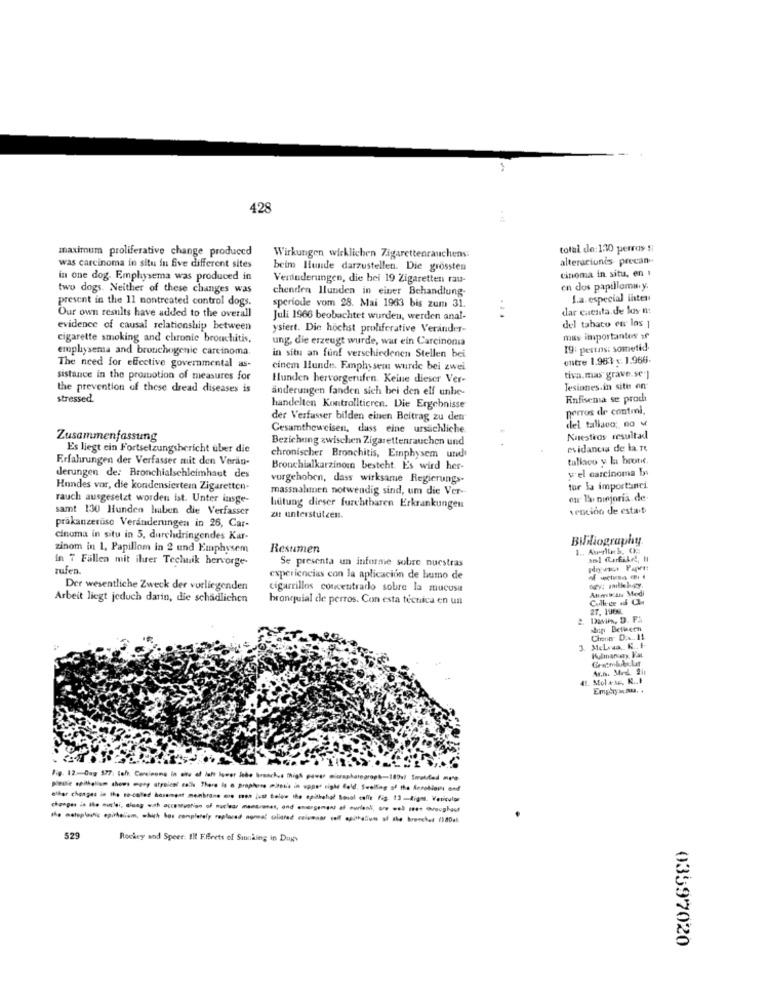
428
maximum proliferative change produced
total de: 1:10 perras fi
Wirkungen wirklichen Zigarettenrauchens:
alterariunis precan-
was carcinoma in situ in five different sites
beim Hunde darzustellen. Die grössten
cinoma in situ, en 1
in one dog. Emphysema was produced in
Verdinderungen, die bei 19 Zigaretten rau-
two dogs. Neither of these changes was
chenden Ilunden in einer Behandlung-
en dos papilloma.y.
present in the 11 nontreated control dogs.
La. especial inten
speriode vom 28. Mai 1963 bis zum 31.
dar cuenta.de las n:
Our own results have added to the overall
Juli 1966 beobachtet wurden, werden anal-
evidence of causal relationship between
ysiert. Die höchst proliferative Verander-
del tabaco eu los 1
cigarette smoking and chronic bronchitis,
ung, die erzeugt wurde, war ein Carcinonia
mas importante af
emphysema and bronchogenie carcinoma.
19: pertns: sometid
in situ an fünf verschiedenen Stellen bei
untre 1.963 x 1.966.
The need for effective governmental as-
cinem lunde. Emphysem wurde bei zwei
sistance in the promotion of measures for
Hunden hervorgerufen. Keine dieser Ver-
tiva.mas grave.se.]
the prevention of these dread diseases is
änderungen fanden sich bei den elf unbe-
Tesianes.in sites on
stressed
Enfisema se proch
handelten Kontrolltieren. Die Ergebnisse
perros de contml.
der Verfasser bilden einen Beitrag zu den
del tallaco; no
Cesamtheweisen, dass eine ursächliche.
Zusammenfassung
Beziehung zwischen Zigarettenrauchen und
Nuestros resultad
Es liegt ein Fortsetzungsbericht über die
evidancia de la.
Erfahrungen der Verfasser mit den Veran-
chronischer Bronchitis, Emphysem und
tullaco y la brotic.
Bronchialkarzinomn besteht. Es wird her-
y'el carcinoma b
derungen de: Bronchialschleimhaut des
vorgehoben, dass wirksame Regierungs.
Hundes vor, die kondensiertem Zigaretten-
massnahmen notwendig sind, um die Ver-
for la importinci
rauch ausgesetzt worden ist. Unter insge-
our la ninjoria de
samt 130 Hunden haben die Verfasser
hütung dieser furchtbaren Erkrankungen
vención de esta.b
zat unterstülcen.
präkanzerusc Veränderungen in 26, Car-
cinuma in situ in 3, durchdringendes Kar-
Bililiography.
zinom in 1, Papillom in 2 und Emphysem
Resumen
in 7 Fallen mit ihrer Technik hervorge-
Se presenta un informe sobre nuestras
rufen.
experiencias con la aplicación de humo de
Der wesentliche Zweck der vorliegenden
cigarrillos concentrado sobre la mucosa
Atimkans Medi
bey: milkhogy
Arbeit liegt jeduch darin, die schädlichen
bronquial de perros. Con esta técnica en un
Collce & C
27. 196
Dwie, D. F.
ship Bethetn
Kulmanamy KaL
Ar.n. Med. it
Molex, N ...
Fig. 12-Dag 577 tell. Carcinome In etu of laht lower lebe branch .. "high power micraphotograph-189ul Swrotdedi mye
eller changes in the so-called hazament menbrane ce con just below the epithelial Bonal calfe fig. 13-diges. Vesicular
529
Rockey and Speer: Ill F.frets of Santaing in Dogs
03597020